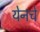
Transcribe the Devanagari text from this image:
येनचे